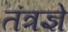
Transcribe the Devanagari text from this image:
तंत्रज्ञे